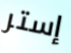
إستر